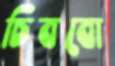
চিববো